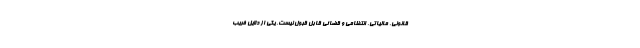
قانونی، مالیاتی، انتظامی و قضائی قابل قبول نیست. یکی از دلایل فریب